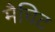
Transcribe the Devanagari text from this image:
मैचिट